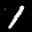
Label: 1